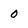
Character: 0